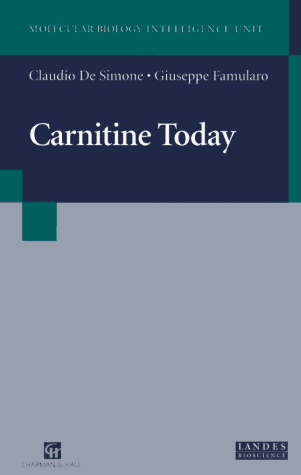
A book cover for Carnitine Today (Molecular Biology Intelligence Unit); Giuseppe Famularo; Medical Books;